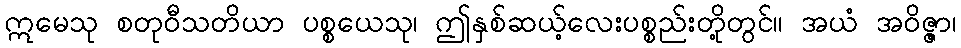
ဣမေသု စတုဝီသတိယာ ပစ္စယေသု၊ ဤနှစ်ဆယ့်လေးပစ္စည်းတို့တွင်။ အယံ အဝိဇ္ဇာ၊